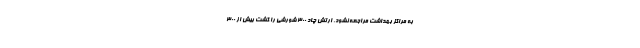
به مراکز بهداشت مراجعه نشود. ارتش چاد ۳۰۰ شورشی را کشت بیش از ۳۰۰